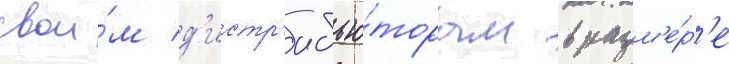
свои́м д'истр'ибью́торам в разм'е́р'е